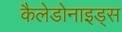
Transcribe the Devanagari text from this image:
कैलेडोनाइड्स